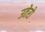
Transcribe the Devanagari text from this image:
उतेरो